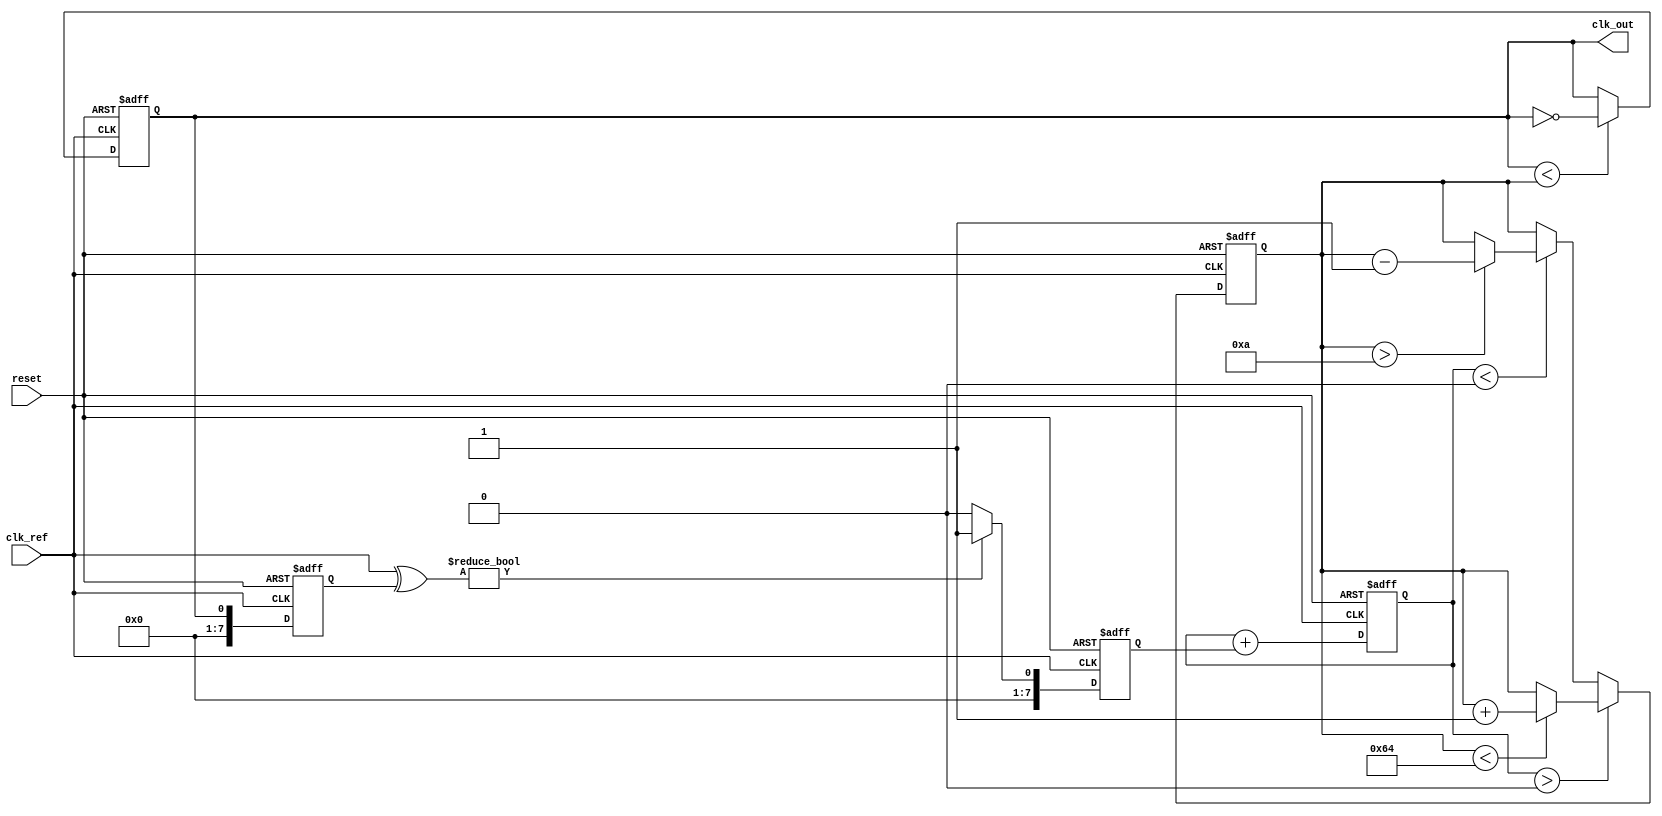
module PLL (
    input wire clk_ref,         // Reference clock input
    input wire reset,           // Reset signal
    output reg clk_out          // Output clock
);

// Parameters
parameter PHASE_ERROR_WIDTH = 8; // Width of the phase error signal
parameter VCO_MAX_FREQ = 100;    // Maximum frequency of the VCO
parameter VCO_MIN_FREQ = 10;      // Minimum frequency of the VCO
parameter VCO_STEP = 1;            // Step size for VCO frequency adjustment

// Internal signals
reg [PHASE_ERROR_WIDTH-1:0] phase_error; // Phase error signal
reg [7:0] control_voltage;                // Control voltage for the VCO
reg [7:0] vco_freq;                       // Current frequency of the VCO
reg [7:0] feedback;                       // Feedback signal from VCO

// Phase Detector (PD)
always @(posedge clk_ref or posedge reset) begin
    if (reset) begin
        phase_error <= 0;
    end else begin
        // Simulated phase detection logic (simple XOR for example purposes)
        phase_error <= (clk_ref ^ feedback) ? 1 : 0;
    end
end

// Loop Filter (LF)
always @(posedge clk_ref or posedge reset) begin
    if (reset) begin
        control_voltage <= 0;
    end else begin
        // Simple low-pass filter behavior
        control_voltage <= control_voltage + phase_error; // Integrate phase error
    end
end

// Voltage-Controlled Oscillator (VCO)
always @(posedge clk_ref or posedge reset) begin
    if (reset) begin
        vco_freq <= VCO_MIN_FREQ; // Start at minimum frequency
        clk_out <= 0;             // Initialize output clock
    end else begin
        // Adjust VCO frequency based on control voltage
        if (control_voltage > 0) begin
            if (vco_freq < VCO_MAX_FREQ) begin
                vco_freq <= vco_freq + VCO_STEP; // Increase frequency
            end
        end else if (control_voltage < 0) begin
            if (vco_freq > VCO_MIN_FREQ) begin
                vco_freq <= vco_freq - VCO_STEP; // Decrease frequency
            end
        end
        
        // Generate output clock based on VCO frequency
        clk_out <= (clk_out < vco_freq) ? ~clk_out : clk_out; // Toggle output clock
    end
end

// Feedback Mechanism
always @(posedge clk_ref or posedge reset) begin
    if (reset) begin
        feedback <= 0;
    end else begin
        feedback <= clk_out; // Feedback output clock to phase detector
    end
end

endmodule